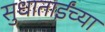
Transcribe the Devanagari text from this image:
सुधाताईंच्या